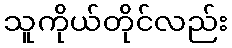
သူကိုယ်တိုင်လည်း